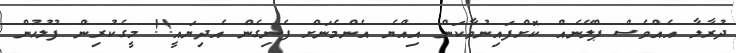
ދުރާލާ އެއްވެސް ޕްލޭނެއް ކޮށްފައިނުވާކަން އިއްޔެ އެންމެނަށް ފެނިގެން އެދިޔައީ!! މީގެކުރިން ފުލުހުން